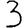
Digit: 3